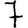
Digit: 7